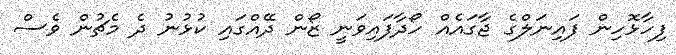
ފިހާޅޮހިން ފައިނަލްގެ ޖާގައެއް ހޯދާފައިވަނީ ޒޯން ދޭއްގައި ކުޅުނު ދެ މެޗުން ވެސް